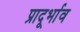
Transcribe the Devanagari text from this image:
प्रादूर्भाव